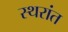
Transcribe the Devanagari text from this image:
स्थरांत